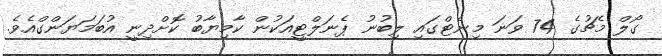
ގޯލް މެޗުގެ 74 ވަނަ މިނެޓްގައި ލިބުނު ޕެނަލްޓީއަކުން ކާމިޔާބު ކޮށްދިނީ އުބަމަޔަންގްއެވެ.